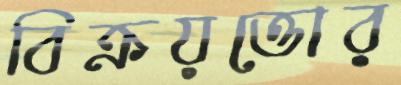
বিক্রয়ত্তোর